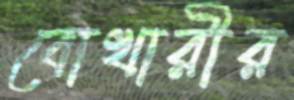
বোখারীর